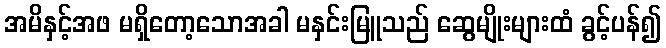
အမိနှင့်အဖ မရှိတော့သောအခါ မနှင်းမြူသည် ဆွေမျိုးများထံ ခွင့်ပန်၍